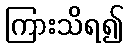
ကြားသိရ၍